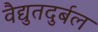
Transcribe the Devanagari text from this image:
वैद्युतदुर्बल